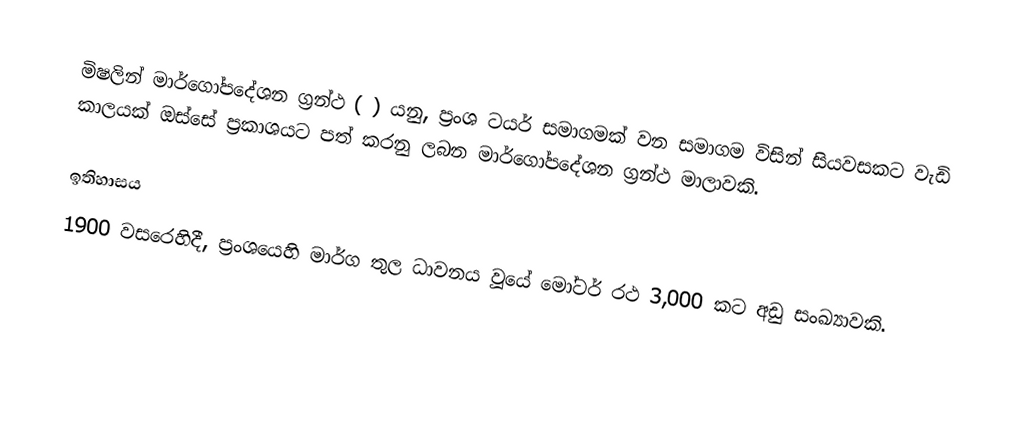
මිෂලින් මාර්ගෝපදේශන ග්‍රන්ථ ( ) යනු, ප්‍රංශ ටයර් සමාගමක් වන   සමාගම විසින් සියවසකට වැඩි කාලයක් ඔස්සේ ප්‍රකාශයට පත් කරනු ලබන මාර්ගෝපදේශන ග්‍රන්ථ මාලාවකි.

ඉතිහාසය
1900 වසරෙහිදී, ප්‍රංශයෙහි මාර්ග තුල ධාවනය වූයේ මෝටර් රථ 3,000 කට අඩු සංඛ්‍යාවකි.